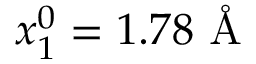
x _ { 1 } ^ { 0 } = 1 . 7 8 \mathrm { ~ \AA ~ }